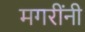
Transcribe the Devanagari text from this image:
मगरींनी